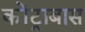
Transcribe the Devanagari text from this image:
कोंट्राबास